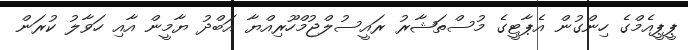
ޕީޕީއެމްގެ ހިންގުން އެޕާޓީގެ މުސްތަޝާރު ރައީސުލްޖުމްހޫރިއްޔާ އަބްދު ޔާމީން އާއި ހަވާލު ކުރަން